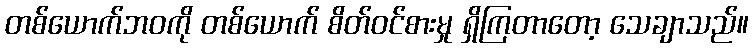
တစ်ယောက်ဘဝကို တစ်ယောက် စိတ်ဝင်စားမှု ရှိကြတာတော့ သေချာသည်။